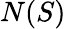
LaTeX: N(S)